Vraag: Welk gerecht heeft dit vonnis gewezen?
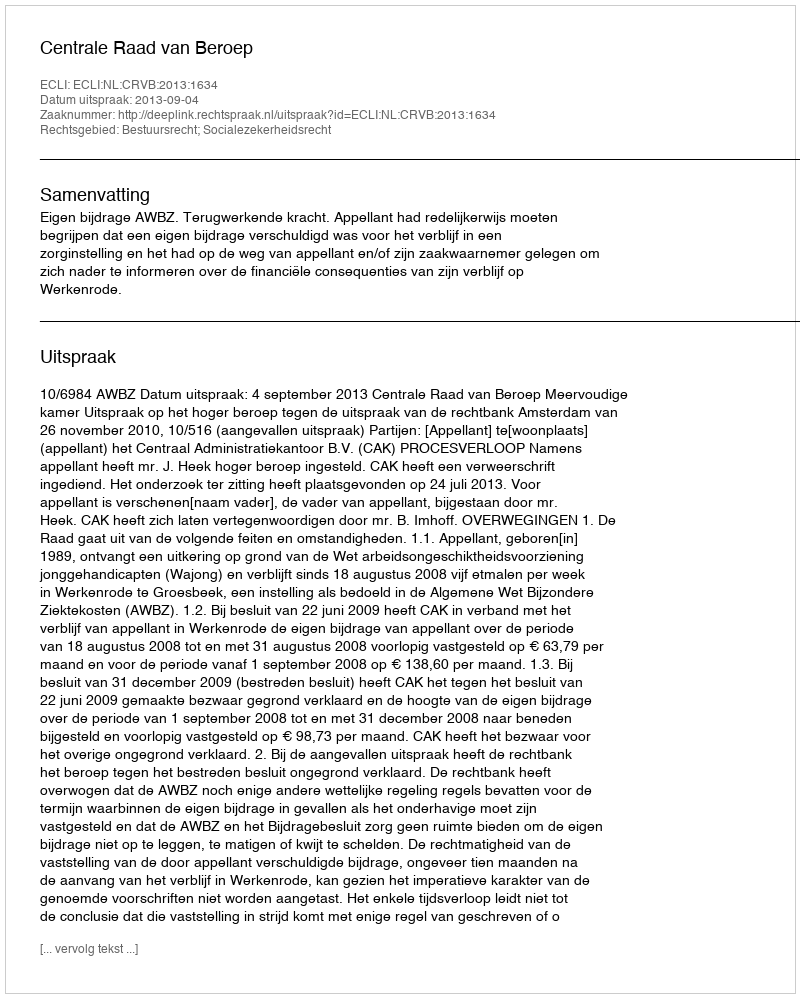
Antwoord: Centrale Raad van Beroep